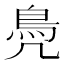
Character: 鳧